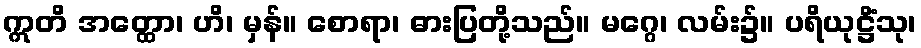
ဣတိ အတ္ထော၊ ဟိ၊ မှန်။ စောရာ၊ ဓားပြတို့သည်။ မဂ္ဂေ၊ လမ်း၌။ ပရိယုဋ္ဌိံသု၊